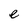
Character: e